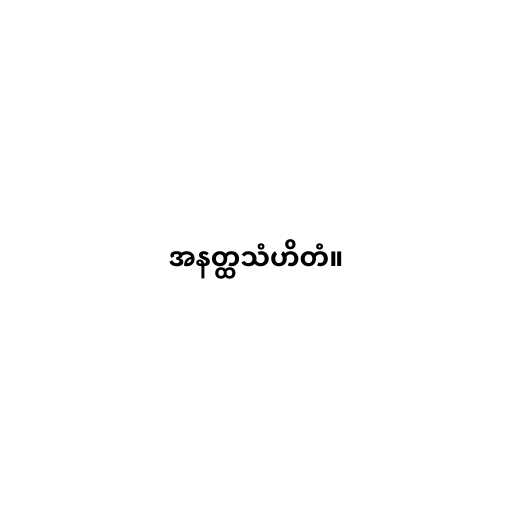
အနတ္ထသံဟိတံ။